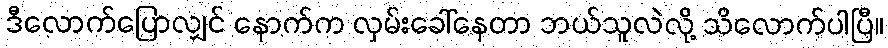
ဒီလောက်ပြောလျှင် နောက်က လှမ်းခေါ်နေတာ ဘယ်သူလဲလို့ သိလောက်ပါပြီ။